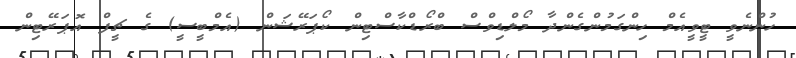
ހުންނެވީ ޓީވީއެމް ހިންގަމުންގެންދާ މޯލްޑިވްސް ބްރޯޑްކާސްޓިން ކޯޕަރޭޝަން (އެމްބީސީ) ގެ ޗީފް އޮޕަރޭޓިން